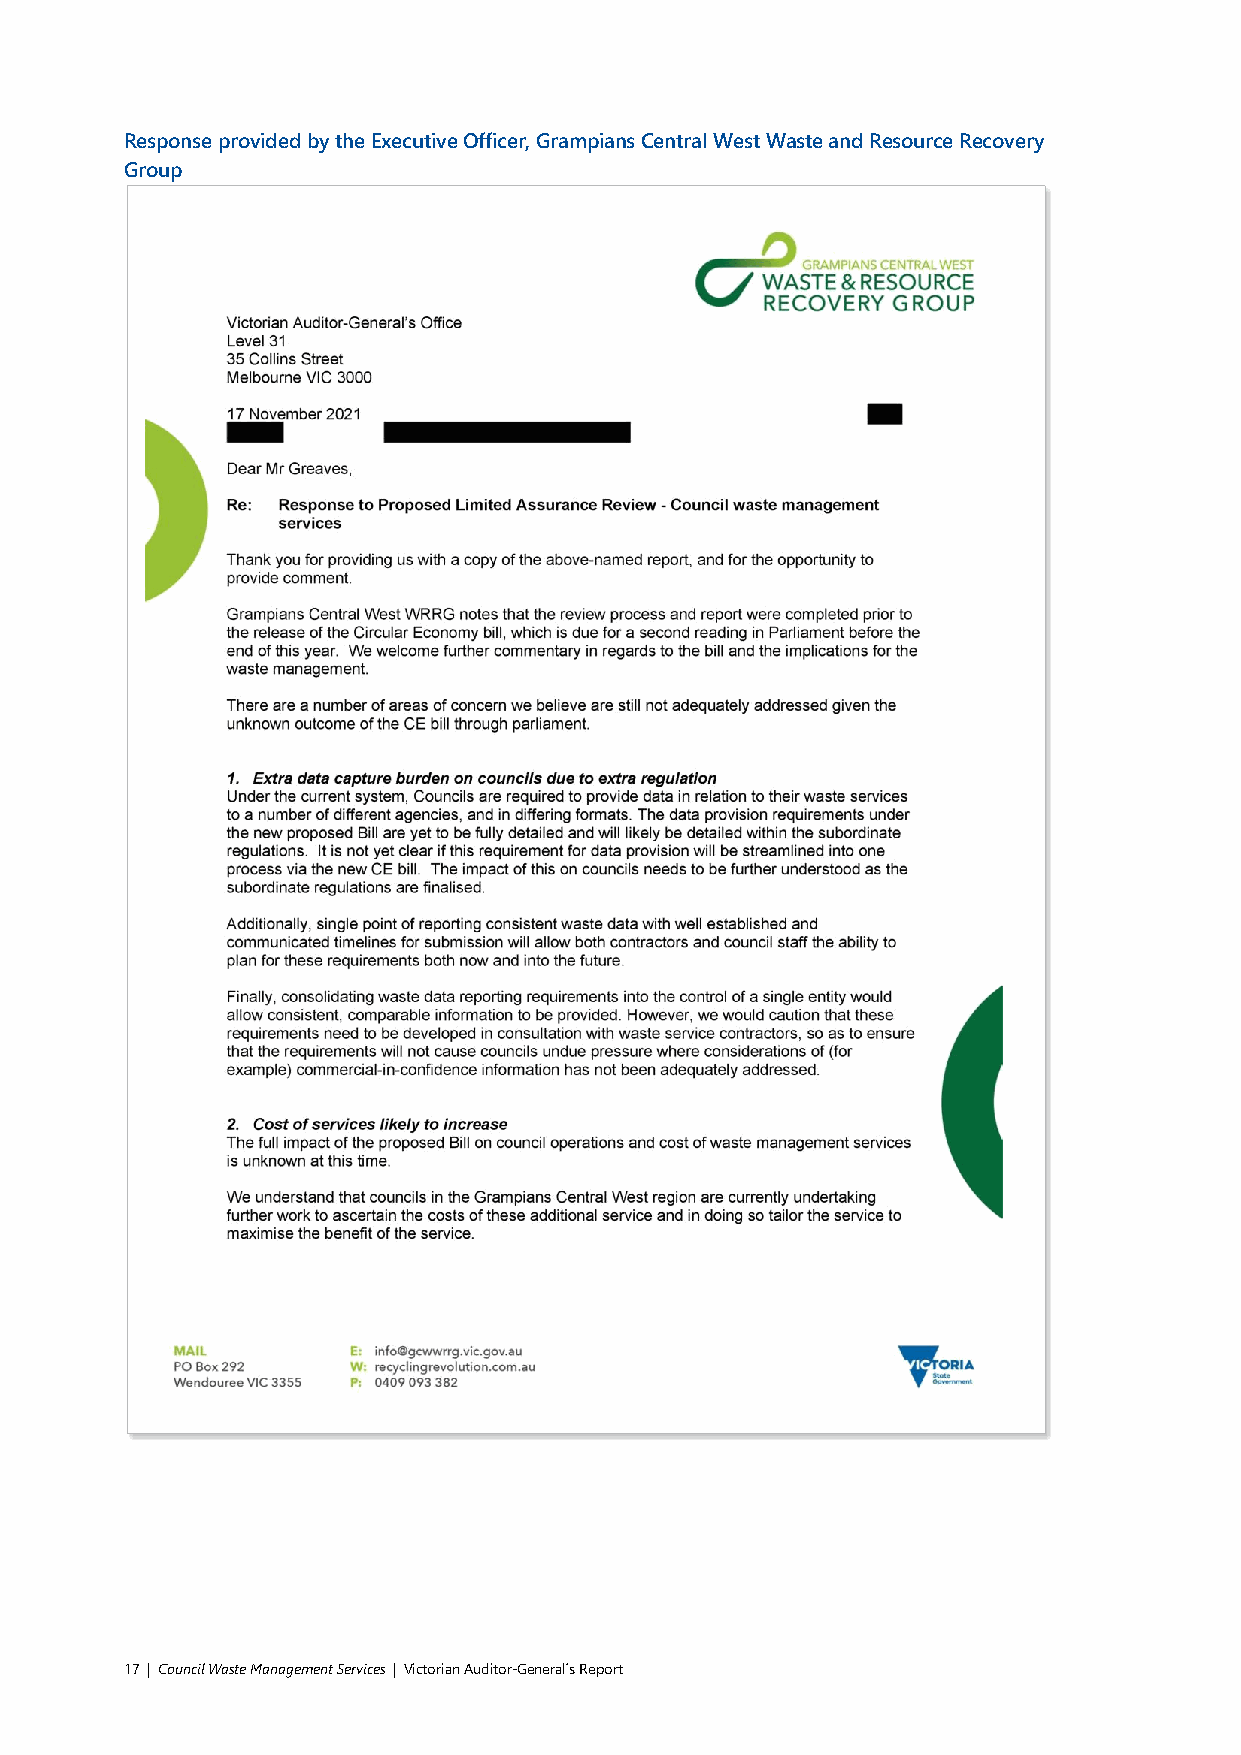
Response provided by the Executive Officer, Grampians Central West Waste and Resource Recovery
 Group
 17 | Council Waste Management Services | Victorian Auditor-General´s Report